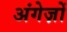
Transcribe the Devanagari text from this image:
अंगेज़ों